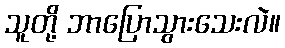
သူတို့ ဘာပြောသွားသေးလဲ။